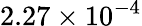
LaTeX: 2.27\times 10^{-4}